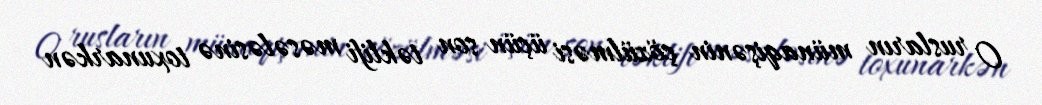
O rusların münaqişənin çözülməsi üçün son təklifi məsələsinə toxunarkən